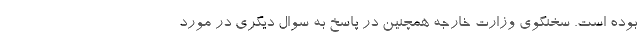
بوده است. سخنگوی وزارت خارجه همچنین در پاسخ به سوال دیگری در مورد